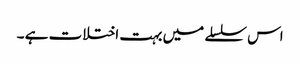
اس سلسلے میں بہت اختلات ہے ۔